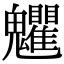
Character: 𩵅